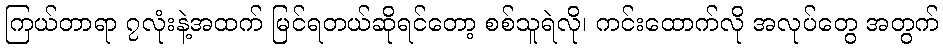
ကြယ်တာရာ ၇လုံးနဲ့အထက် မြင်ရတယ်ဆိုရင်တော့ စစ်သူရဲလို၊ ကင်းထောက်လို အလုပ်တွေ အတွက်